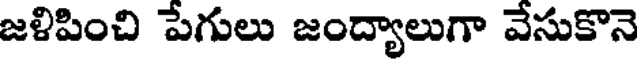
జళిపించి పేగులు జంద్యాలుగా వేసుకొనె